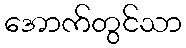
အောက်တွင်သာ